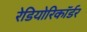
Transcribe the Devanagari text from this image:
रेडियोरिकॉर्डर